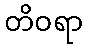
တိဝရာ